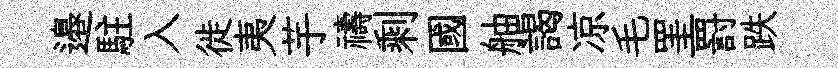
邉駐入徙夷芋禱剩國舳謁凉毛罣罸跌